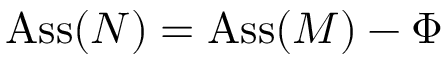
\operatorname { A s s } ( N ) = \operatorname { A s s } ( M ) - \Phi